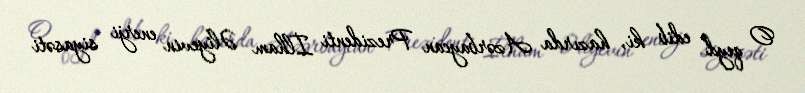
O qeyd edib ki, hazırda Azərbaycan Prezidenti İlham Əliyevin enerji siyasəti